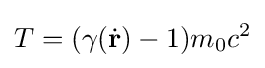
T=(\gamma ({\dot {\mathbf {r} }})-1)m_{0}c^{2}